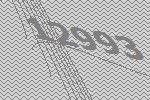
12993